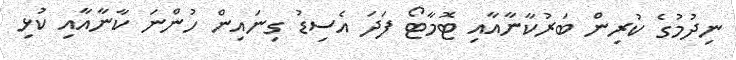
ނިދުމުގެ ކުރިން ބަރުކާނާއާއި ޓޮމާޓޯ ފަދަ އެސިޑު ގިނައިން ހުންނަ ކާނާއާއި ކުޅި